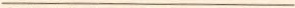
_____________________________